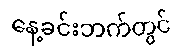
နေ့ခင်းဘက်တွင်